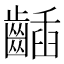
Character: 𪘾